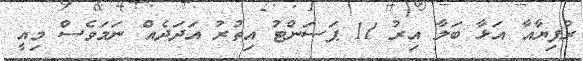
ރުފިޔާއާ އަޅާ ބަލާ އިރު 11 ޕަސަންޓު އިތުރު އަދަދެއް ނަމަވެސް މިއީ